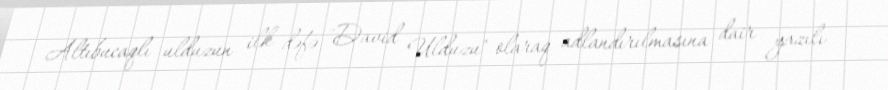
Altıbucaqlı ulduzun ilk dəfə "David Ulduzu" olaraq adlandırılmasına dair yazılı